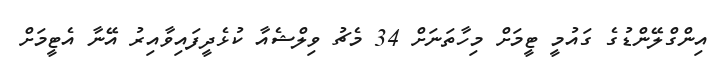
އިންގްލޭންޑުގެ ގައުމީ ޓީމަށް މިހާތަނަށް 34 މެޗު ވިލްޝެއާ ކުޅެދީފައިވާއިރު އޭނާ އެޓީމަށް